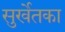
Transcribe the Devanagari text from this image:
सुर्खेतका